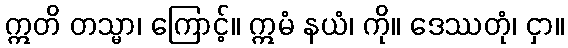
ဣတိ တသ္မာ၊ ကြောင့်။ ဣမံ နယံ၊ ကို။ ဒေဿတုံ၊ ငှာ။